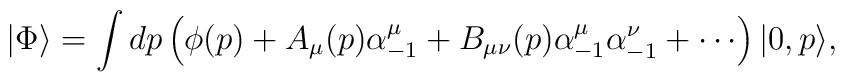
|\Phi\rangle =\int dp\left(\phi(p)+A_{\mu}(p)\alpha^{\mu}_{-1}+B_{\mu\nu}(p)\alpha^{\mu}_{-1}\alpha^{\nu}_{-1}+\cdots\right)|0,p\rangle,